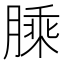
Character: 𦟇